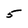
Character: 5